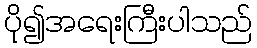
ပို၍အရေးကြီးပါသည်